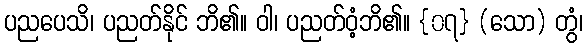
ပညပေသိ၊ ပညတ်နိုင် ဘိ၏။ ဝါ၊ ပညတ်ဝံ့ဘိ၏။ {၀၇} (သော) တွံ၊